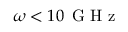
\omega < 1 0 \, \mathrm { ~ G ~ H ~ z ~ }